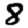
Digit: 8